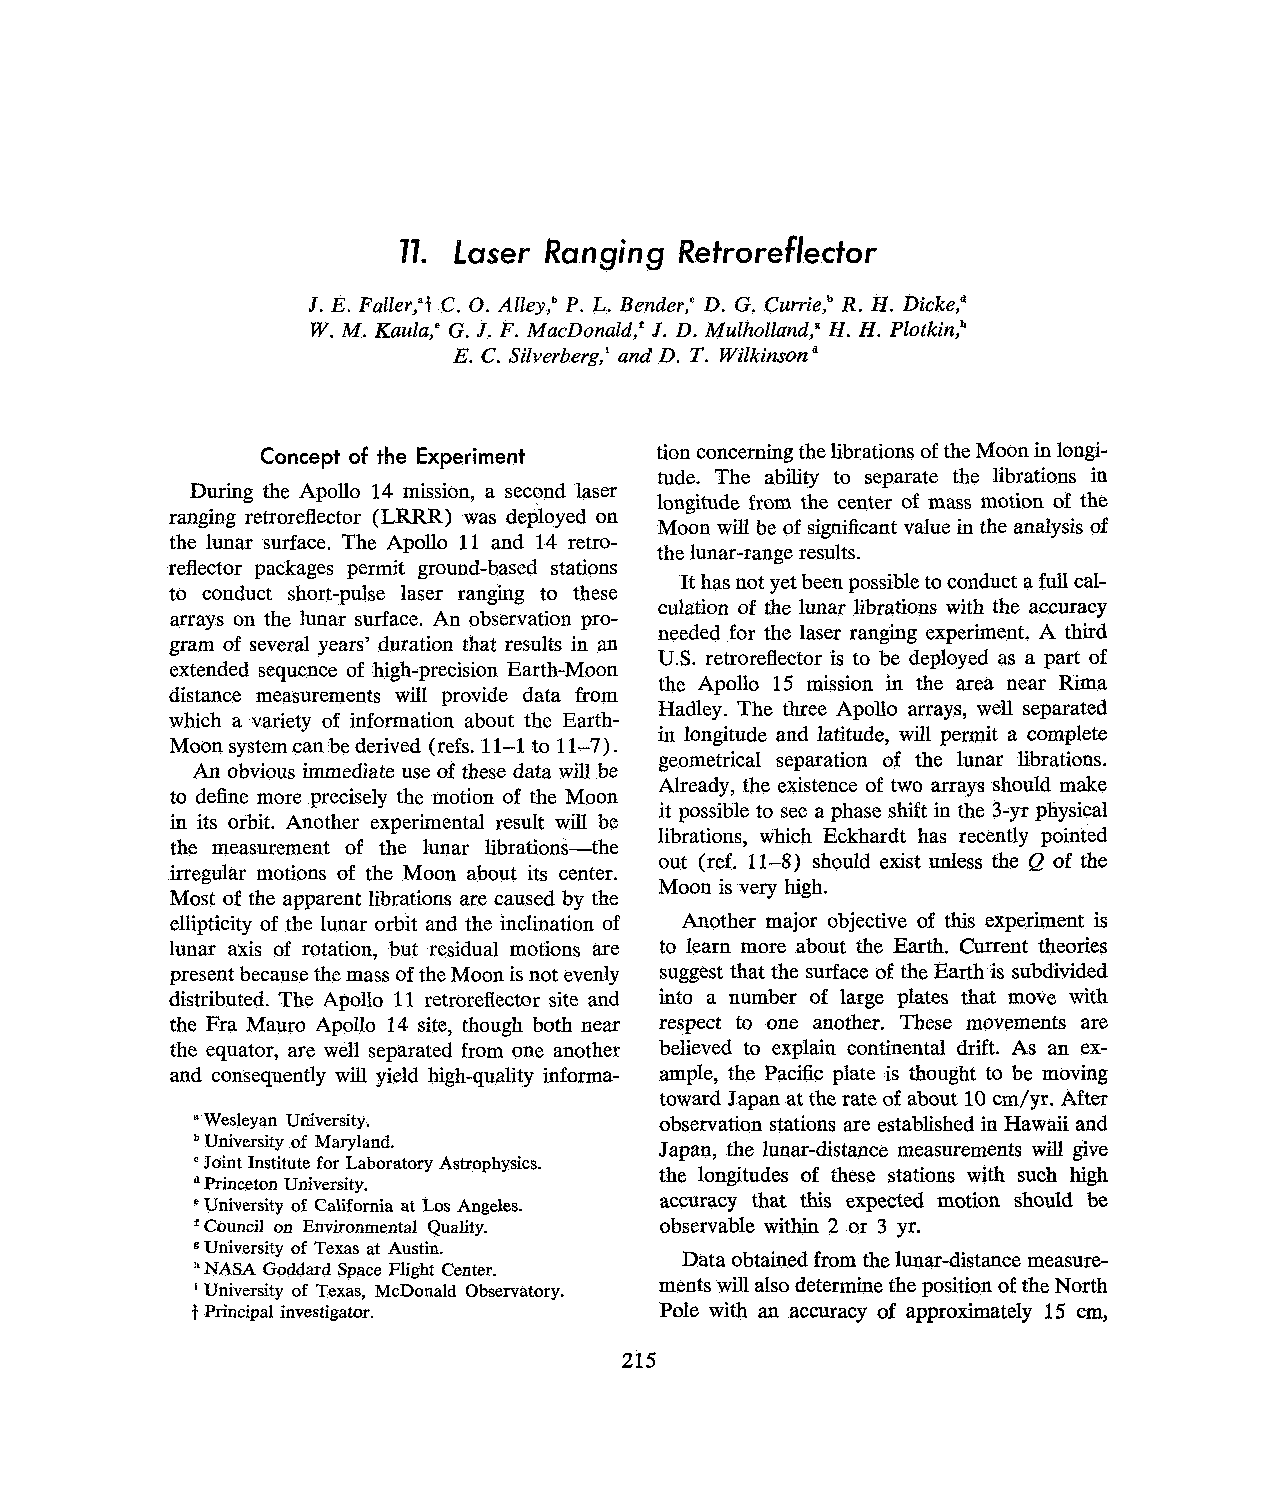
77. h e r Ranging  Retroreflector
 J. E. Faller,"t C. 0.A lley," P. L. Bender," D. G. Currie," R. H. Dicke,d
 W.M . Kaula," G. J. F. MacDonald,' J. D. Mulholland," H. H. Plotkin?
 E. C. Silverberg,' ana' D. T. Wilkinsund
 Concept of the Experiment tion concerning the librations of the Moon in longi-
 tude. The ability to separate the librations in
 During the Apollo 14 mission, a second laser
 longitude from the center of mass motion of the
 ranging retroreflector (LRRR) was deployed on
 Moon will be of significant value in the analysis of
 the lunar surface. The Apollo 11 and 14 retro-
 the lunar-range results.
 reflector packages permit ground-based stations
 It has not yet been possible to conduct a full cal-
 to conduct short-pulse laser ranging to these
 culation of the lunar librations with the accuracy
 arrays on the lunar surface. An observation pro-
 needed for the laser ranging experiment. A third
 gram of several years' duration that results in m
 U.S. retroreflector is to be deployed as a part of
 extended sequence of high-precision Earth-Moon
 the Apollo 15 mission in the area near Rima
 distance measurements will provide data from
 Hadley. The three Apollo arrays, well separated
 which a variety of information about the Earth-
 in longitude and latitude, will permit a complete
 Moon system can be derived (refs. 11-1 to 11-7).
 geometrical separation of the lunar librations.
 An obvious immediate use of these data will be
 Already, the existence of two arrays should make
 to define more precisely the motion of the Moon
 it possible to see a phase shift in the 3-yr physical
 in its orbit. Another experimental result will be
 librations, which Eckhardt has recently pointed
 the measurement of the lunar librations-the
 out (ref. 11-8) should exist unless the Q of the
 irregular motions of the Moon about its center.
 Moon is very high.
 Most of the apparent librations are caused by the
 ellipticity of the lunar orbit and the inclination of Another major objective of this experiment is
 lunar axis of rotation, but residual motions are to learn more about the Earth. Current theories
 present because the mass of the Moon is not evenly suggest that the surface of the Earth is subdivided
 distributed. The Apollo 11 retroreflector site and into a number of large plates that move with
 the Fra Mauro Apollo 14 site, though both near respect to one another. These movements are
 the equator, are well separated from one another believed to explain continental drift. As an ex-
 and consequently will yield high-quality informa- ample, the Pacific plate is thought to be moving
 toward Japan at the rate of about 10 cm/yr. After
 a Wesleyan University.         observation stations are established in Hawaii and
 University of Maryland.
 Japan, the lunar-distance measurements will give
 Joint Institute for Laboratory Astrophysics.
 the longitudes of these stations with such high
 Princeton University.
 accuracy that this expected motion shodd be
 University of California at Los Angeles.
 e
 Council on Environmental Quality. observable within 2 or 3 yr.
 University of Texas at Austin.
 Data obtained from the lunar-distance measure-
 NASA Goddard Space Flight Center.
 '                              ments will also determine the position of the North
 University of Texas, McDonald Observatory.
 +
 Principal investigator.       Pole with an accuracy of approximately 15 cm,
 215